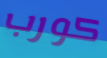
كورب